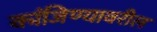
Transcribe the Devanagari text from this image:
कांजिण्यावरील